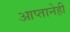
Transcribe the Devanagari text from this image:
आप्तानेही